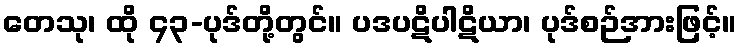
တေသု၊ ထို ၄၃-ပုဒ်တို့တွင်။ ပဒပဋိပါဋိယာ၊ ပုဒ်စဉ်အားဖြင့်။